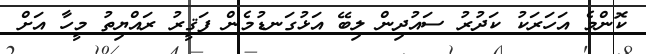
ކޮންމެ އަހަރަކު ކަދުރު ސައުދިން ލިބޭ އަޅުގަނޑުމެން ފަޤީރު ރައްޔިތު މީހާ އަށް